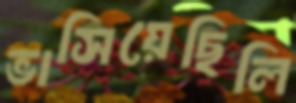
ভাসিয়েছিলি